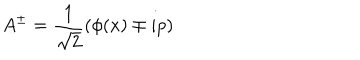
A ^ { \pm } = \frac { 1 } { \sqrt { 2 } } ( \phi ( x ) \mp i p )